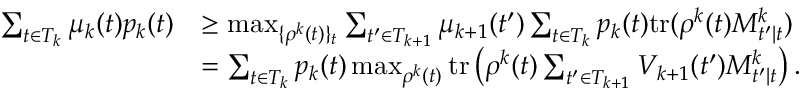
\begin{array} { r l } { \sum _ { t \in T _ { k } } \mu _ { k } ( t ) p _ { k } ( t ) } & { \geq \operatorname* { m a x } _ { \{ \rho ^ { k } ( t ) \} _ { t } } \sum _ { t ^ { \prime } \in T _ { k + 1 } } \mu _ { k + 1 } ( t ^ { \prime } ) \sum _ { t \in T _ { k } } p _ { k } ( t ) \mathrm { t r } ( \rho ^ { k } ( t ) M _ { t ^ { \prime } | t } ^ { k } ) } \\ & { = \sum _ { t \in T _ { k } } p _ { k } ( t ) \operatorname* { m a x } _ { \rho ^ { k } ( t ) } \mathrm { t r } \left( \rho ^ { k } ( t ) \sum _ { t ^ { \prime } \in T _ { k + 1 } } V _ { k + 1 } ( t ^ { \prime } ) M _ { t ^ { \prime } | t } ^ { k } \right) . } \end{array}